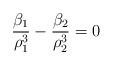
LaTeX: \begin{align*}\frac{\beta_1}{\rho_1^3} - \frac{\beta_2}{\rho_2^3}=0\end{align*}